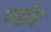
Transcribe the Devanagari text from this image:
प्यॉत्र